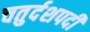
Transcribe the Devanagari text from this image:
चतुर्दशपदी